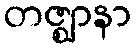
တဇ္ဈာနာ